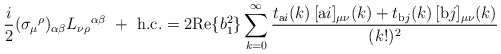
\begin{align*}\frac{i}2 (\sigma_{\mu}{}^{\rho})_{\alpha\beta}L_{\nu\rho}{}^{\alpha\beta} \ + \ \mathrm{h.c.} =2 \mbox{Re}\{b_1^2\} \sum_{k=0}^\infty \frac{t_{\mathrm{a}i}(k) \, [\mbox{a$i$}]_{\mu\nu}{}(k) + t_{\mathrm{b}j}(k) \, [\mbox{b$j$}]_{\mu\nu}{}(k)}{(k!)^2}\end{align*}